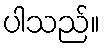
ပါသည်။